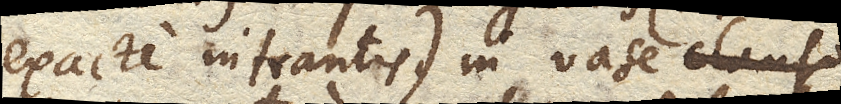
exacte intrantis) in vase clauso